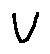
v